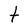
Character: t